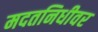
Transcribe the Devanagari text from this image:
मदतनिधीवर